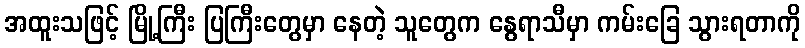
အထူးသဖြင့် မြို့ကြီး ပြကြီးတွေမှာ နေတဲ့ သူတွေက နွေရာသီမှာ ကမ်းခြေ သွားရတာကို